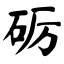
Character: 砺